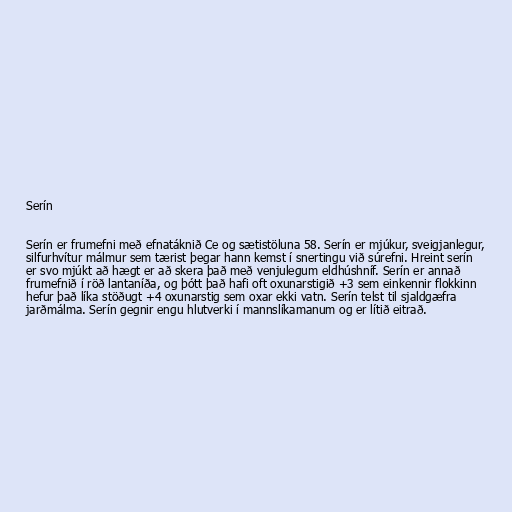
Serín

Serín er frumefni með efnatáknið Ce og sætistöluna 58. Serín er mjúkur, sveigjanlegur,
silfurhvítur málmur sem tærist þegar hann kemst í snertingu við súrefni. Hreint serín
er svo mjúkt að hægt er að skera það með venjulegum eldhúshníf. Serín er annað
frumefnið í röð lantaníða, og þótt það hafi oft oxunarstigið +3 sem einkennir flokkinn
hefur það líka stöðugt +4 oxunarstig sem oxar ekki vatn. Serín telst til sjaldgæfra
jarðmálma. Serín gegnir engu hlutverki í mannslíkamanum og er lítið eitrað.